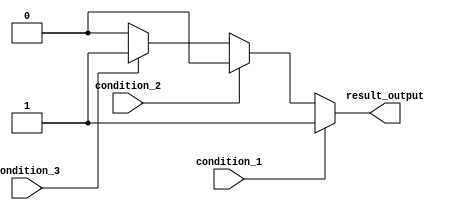
module nested_if_else_statement (
  input wire condition_1,
  input wire condition_2,
  input wire condition_3,
  output reg result_output
);

  always @* begin
    if (condition_1) begin
      // Action for condition_1 being true
      result_output = 1;
    end else if (condition_2) begin
      // Action for condition_2 being true
      result_output = 2;
    end else if (condition_3) begin
      // Action for condition_3 being true
      result_output = 3;
    end else begin
      // Default action if none of the conditions are true
      result_output = 0;
    end
  end

endmodule